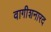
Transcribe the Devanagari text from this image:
वागीशनारद